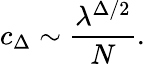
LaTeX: c_{\Delta}\sim\frac{\lambda^{\Delta/2}}{N}.